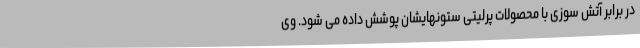
در برابر آتش سوزی با محصولات پرلیتی ستونهایشان پوشش داده می شود. وی